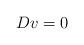
LaTeX: \begin{align*}Dv=0\end{align*}